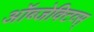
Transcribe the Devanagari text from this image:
ऑब्जेक्टिव्स्